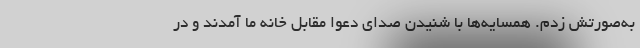
به‌صورتش زدم. همسایه‌ها با شنیدن صدای دعوا مقابل خانه ما آمدند و در